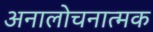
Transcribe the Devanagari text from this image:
अनालोचनात्मक